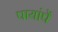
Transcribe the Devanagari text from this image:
पायांपें